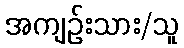
အကျဉ်းသား/သူ